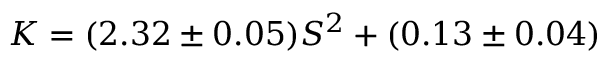
K = ( 2 . 3 2 \pm 0 . 0 5 ) S ^ { 2 } + ( 0 . 1 3 \pm 0 . 0 4 )